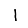
Digit: 1